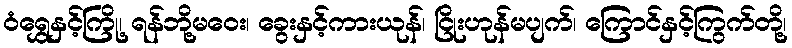
ဝံရွှေနှင့်ကြို့၊ ရန်ဘို့မဝေး၊ ခွေးနှင့်ကားယုန်၊ ငြိုးဟုန်မပျက်၊ ကြောင်နှင့်ကြွက်တို့၊